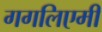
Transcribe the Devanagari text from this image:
गगलिएमी